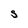
Character: S